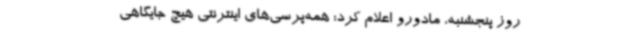
روز پنجشنبه، مادورو اعلام کرد:‌ همه‌پرسی‌های اینترنتی هیچ جایگاهی